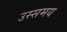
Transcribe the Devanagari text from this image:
उस्समय